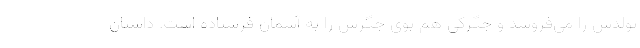
تولدش را می‌فروشد و جگرکی هم بوی جگرش را به آسمان فرستاده است. داستان